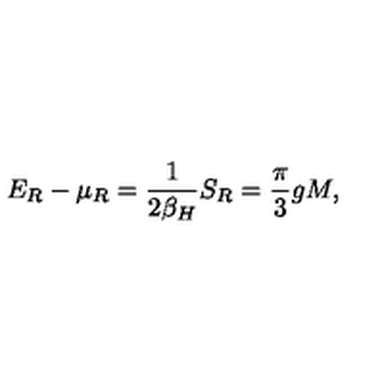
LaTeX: E _ { R } - \mu _ { R } = { \frac { 1 } { 2 \beta _ { H } } } S _ { R } = { \frac { \pi } { 3 } } g M ,